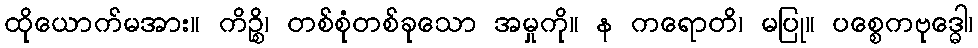
ထိုယောက်မအား။ ကိဉ္စိ၊ တစ်စုံတစ်ခုသော အမှုကို။ န ကရောတိ၊ မပြု။ ပစ္စေကဗုဒ္ဓေါ၊